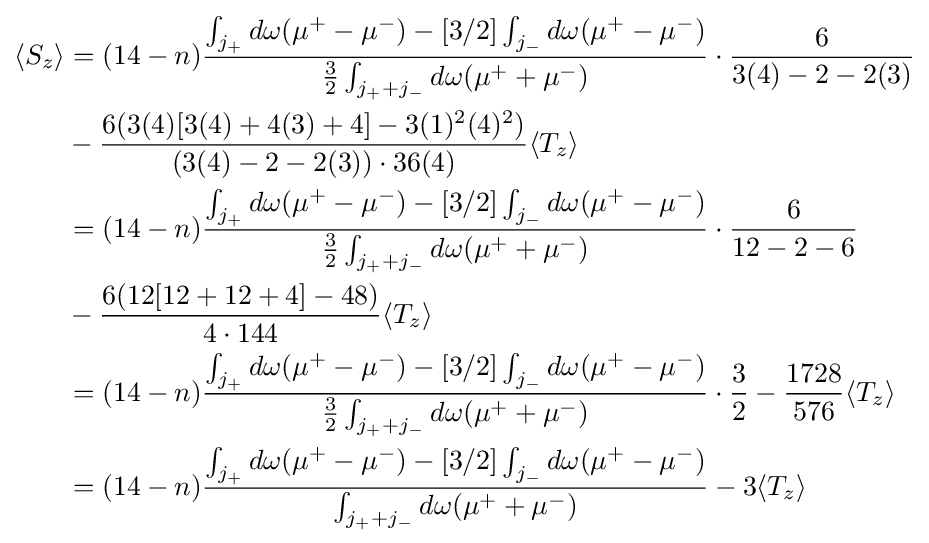
{\begin{aligned}\langle S_{z}\rangle &=(14-n){\frac {\int _{j_{+}}d\omega (\mu ^{+}-\mu ^{-})-[3/2]\int _{j_{-}}d\omega (\mu ^{+}-\mu ^{-})}{{\frac {3}{2}}\int _{j_{+}+j_{-}}d\omega {(\mu ^{+}+\mu ^{-})}}}\cdot {\frac {6}{3(4)-2-2(3)}}\\&-{\frac {6(3(4)[3(4)+4(3)+4]-3(1)^{2}(4)^{2})}{(3(4)-2-2(3))\cdot 36(4)}}\langle T_{z}\rangle \\&=(14-n){\frac {\int _{j_{+}}d\omega (\mu ^{+}-\mu ^{-})-[3/2]\int _{j_{-}}d\omega (\mu ^{+}-\mu ^{-})}{{\frac {3}{2}}\int _{j_{+}+j_{-}}d\omega {(\mu ^{+}+\mu ^{-})}}}\cdot {\frac {6}{12-2-6}}\\&-{\frac {6(12[12+12+4]-48)}{4\cdot 144}}\langle T_{z}\rangle \\&=(14-n){\frac {\int _{j_{+}}d\omega (\mu ^{+}-\mu ^{-})-[3/2]\int _{j_{-}}d\omega (\mu ^{+}-\mu ^{-})}{{\frac {3}{2}}\int _{j_{+}+j_{-}}d\omega {(\mu ^{+}+\mu ^{-})}}}\cdot {\frac {3}{2}}-{\frac {1728}{576}}\langle T_{z}\rangle \\&=(14-n){\frac {\int _{j_{+}}d\omega (\mu ^{+}-\mu ^{-})-[3/2]\int _{j_{-}}d\omega (\mu ^{+}-\mu ^{-})}{\int _{j_{+}+j_{-}}d\omega {(\mu ^{+}+\mu ^{-})}}}-3\langle T_{z}\rangle \end{aligned}}